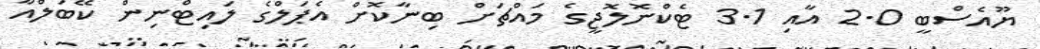
ޔޫއެސްބީ 2.0 އާއި 3.1 ޓެކްނޮލޮޖީގެ މައްޗަށް ބިނާކޮށް އެޕަލްގެ ލައިޓްނިން ކޭބަލްއާ